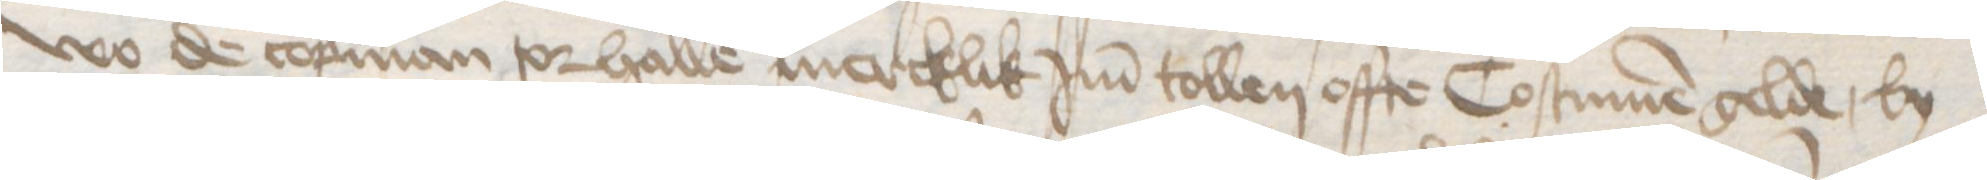
wo de copman tor halle mercklik Jm tollen offte Costumen gelde, by